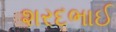
શરદભાઈ